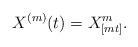
\begin{align*}X^{(m)}(t)=X^m_{[mt]}. \end{align*}